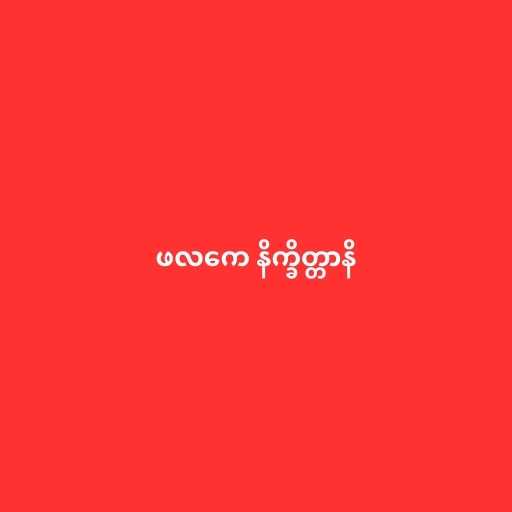
ဖလကေ နိက္ခိတ္တာနိ